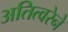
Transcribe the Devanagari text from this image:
अतित्वरेने